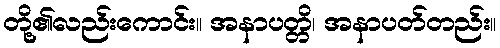
တို့၏လည်းကောင်း။ အနာပတ္တိ၊ အနာပတ်တည်း။